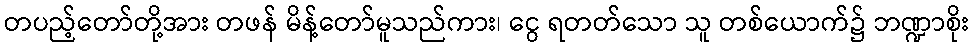
တပည့်တော်တို့အား တဖန် မိန့်တော်မူသည်ကား၊ ငွေ ရတတ်သော သူ တစ်ယောက်၌ ဘဏ္ဍာစိုး